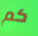
كم